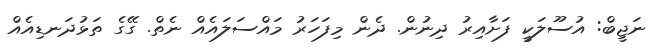
ނަޖީބް: އުސޫލަކީ ފަށާއިރު ދިނުން. ދެން މިފަހަރު މައްސަލައެއް ނެތް. ގޭގެ ތަޅުދަނޑިއެއް